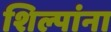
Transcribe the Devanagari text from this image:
शिल्पांना